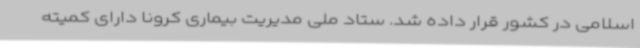
اسلامی در کشور قرار داده شد. ستاد ملی مدیریت بیماری کرونا دارای کمیته